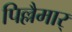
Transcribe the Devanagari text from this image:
पिल्लैमार्